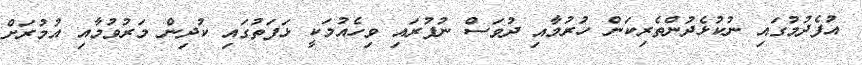
އުފެދުމުގައި ނުކުޅެދުންތެރިކަން ހުރުމާއި ދުވަސް ނުފުރައި ވިހެއުމަކީ ޅަފަތުގައި ކުދިން މަރުވުމާއި އުމުރަށް